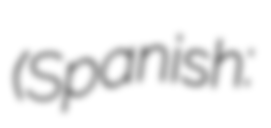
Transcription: (Spanish: